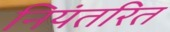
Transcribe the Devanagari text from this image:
नियंतरित